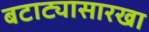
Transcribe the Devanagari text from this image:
बटाट्यासारखा